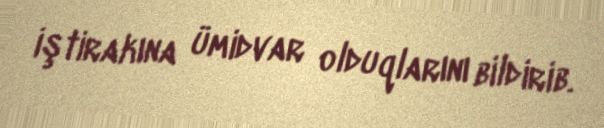
iştirakına ümidvar olduqlarını bildirib.